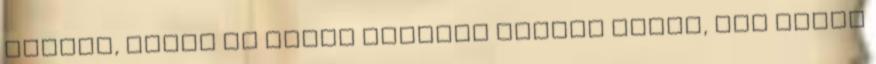
nélkül, akkor mi miért akarunk sziget lenni, úgy ahogy